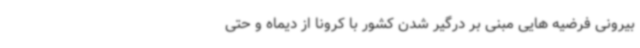
بیرونی فرضیه هایی مبنی بر درگیر شدن کشور با کرونا از دیماه و حتی